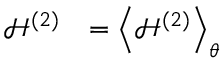
\begin{array} { c l } { \displaystyle \mathcal { H } ^ { ( 2 ) } } & { \displaystyle = \left< { \mathcal { H } ^ { ( 2 ) } } \right> _ { \theta } } \end{array}